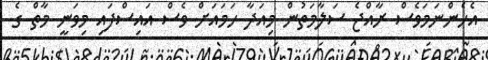
އެހެންނަމަވެސް ރާއްޖެ ސަލާމަތުން މިއަދާ ހަމައަށް ވެސް އައިސްފައި މިވަނީ މާތް ގެ